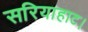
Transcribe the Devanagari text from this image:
सरियाहाट।